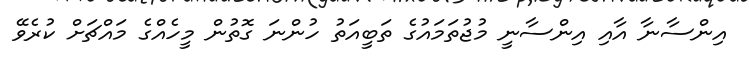
އިންސާނާ އާއި އިންސާނީ މުޖުތަމައުގެ ތަބީއަތު ހުންނަ ގޮތުން މީހެއްގެ މައްޗަށް ކުރެވޭ